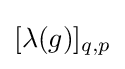
[\lambda (g)]_{q,p}